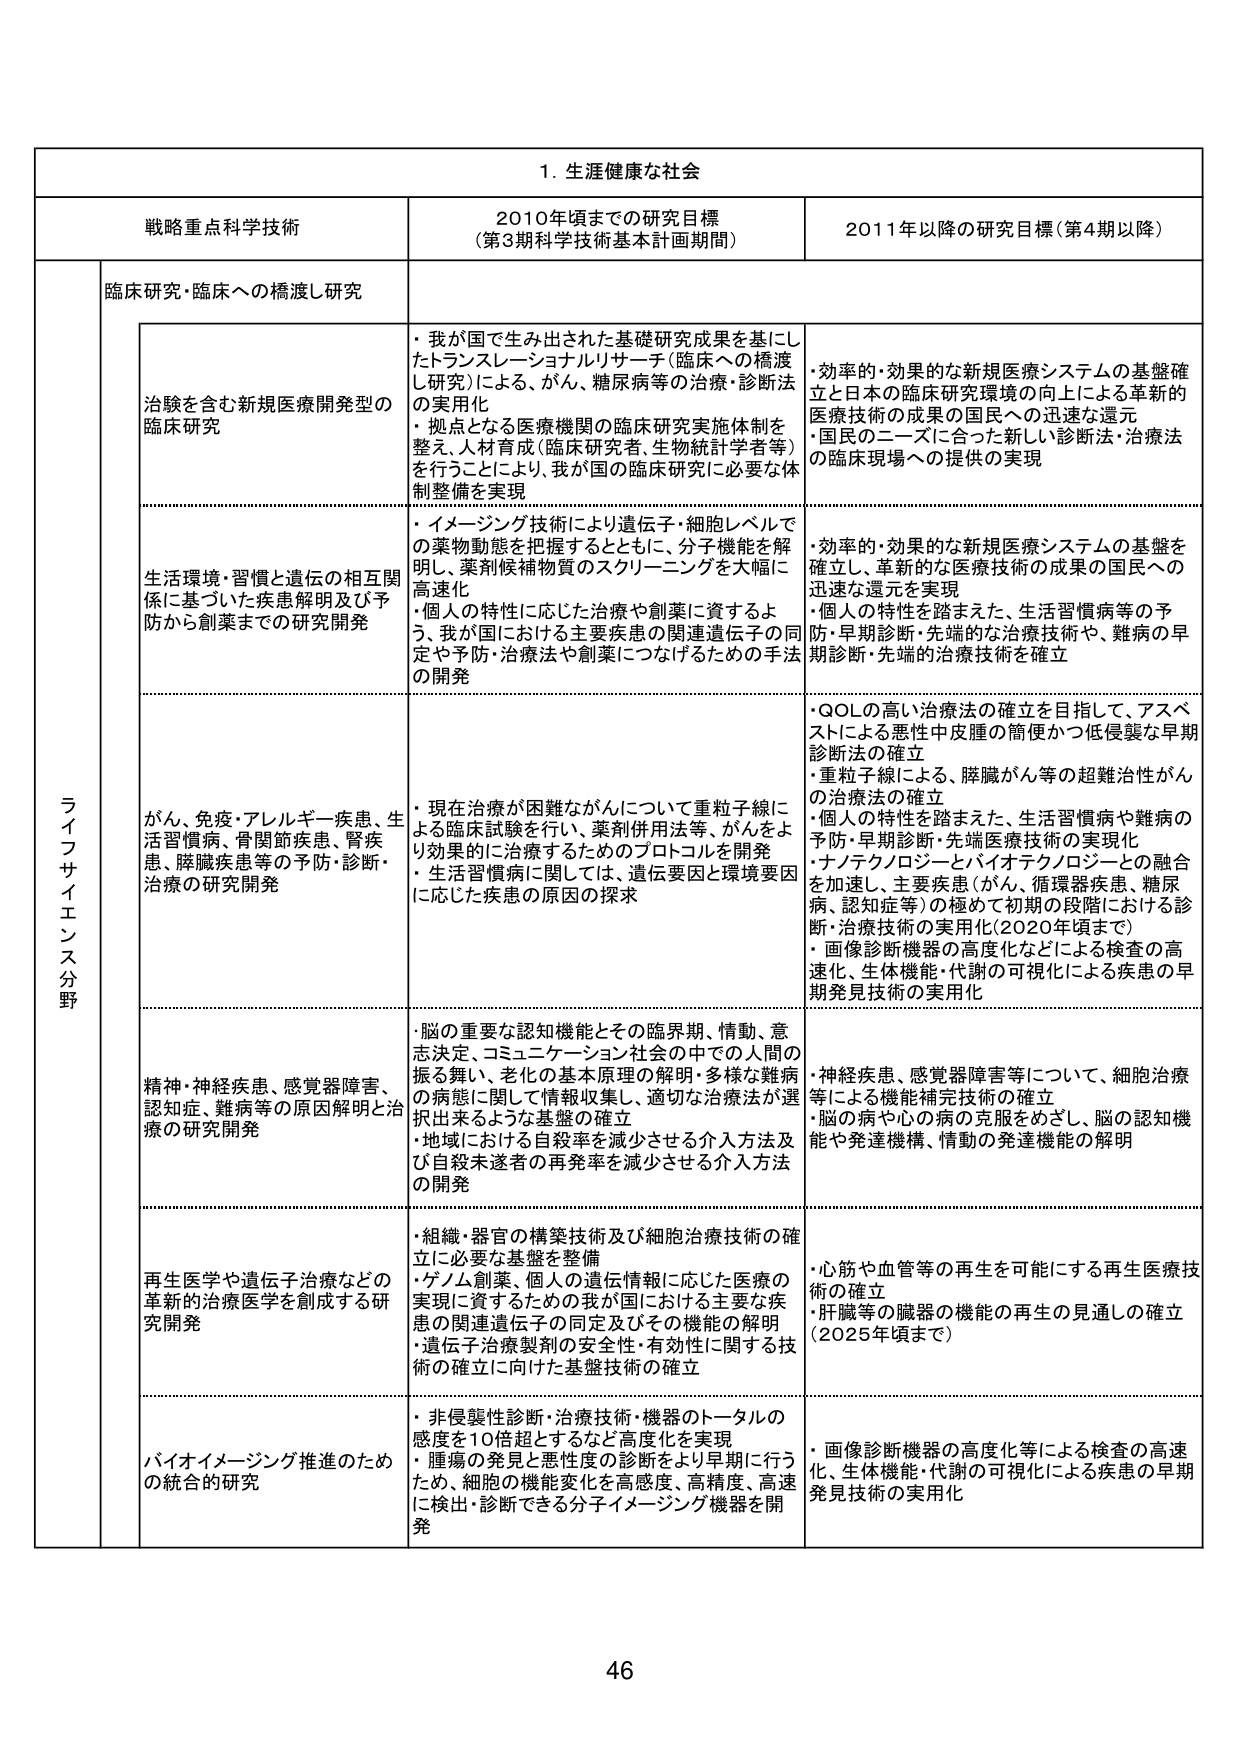
1. 生涯健康な社会

戦略重点科学技術 2010年頃までの研究目標 （第3期科学技術基本計画期間） 2011年以降の研究目標（第4期以降）

ライフサイエンス分野

臨床研究・臨床への橋渡し研究

治験を含む新規医療開発型の臨床研究
・我が国で生み出された基礎研究成果を基にしたトランスレーショナルリサーチ（臨床への橋渡し研究）による、がん、糖尿病等の治療・診断法の実用化
・拠点となる医療機関の臨床研究実施体制を整え、人材育成（臨床研究者、生物統計学者等）を行うことにより、我が国の臨床研究に必要な体制整備を実現

・効率的・効果的な新規医療システムの基盤確立と日本の臨床研究環境の向上による革新的医療技術の成果の国民への迅速な還元
・国民のニーズに合った新しい診断法・治療法の臨床現場への提供の実現

生活環境・習慣と遺伝の相互関係に基づいた疾患解明及び予防から創薬までの研究開発
・イメージング技術により遺伝子・細胞レベルでの薬物動態を把握するとともに、分子機能を解明し、薬剤候補物質のスクリーニングを大幅に高速化
・個人の特性に応じた治療や創薬に資するよう、我が国における主要疾患の関連遺伝子の同定や予防・治療法や創薬につなげるための手法の開発

・効率的・効果的な新規医療システムの基盤を確立し、革新的な医療技術の成果の国民への迅速な還元を実現
・個人の特性を踏まえた、生活習慣病等の予防・早期診断・先端的な治療技術や、難病の早期診断・先端的治療技術を確立

がん、免疫・アレルギー疾患、生活習慣病、骨関節疾患、腎疾患、膵臓疾患等の予防・診断・治療の研究開発
・現在治療が困難ながんについて重粒子線による臨床試験を行い、薬剤併用法等、がんをより効果的に治療するためのプロトコルを開発
・生活習慣病に関しては、遺伝要因と環境要因に応じた疾患の原因の探求

・QOLの高い治療法の確立を目指して、アスベストによる悪性中皮腫の簡便かつ低侵襲な早期診断法の確立
・重粒子線による、膵臓がん等の超難治性がんの治療法の確立
・個人の特性を踏まえた、生活習慣病や難病の予防・早期診断・先端医療技術の実現化
・ナノテクノロジーとバイオテクノロジーとの融合を加速し、主要疾患（がん、循環器疾患、糖尿病、認知症等）の極めて初期の段階における診断・治療技術の実用化（2020年頃まで）
・画像診断機器の高度化などによる検査の高速化、生体機能・代謝の可視化による疾患の早期発見技術の実用化

精神・神経疾患、感覚器障害、認知症、難病等の原因解明と治療の研究開発
・脳の重要な認知機能とその臨界期、情動、意志決定、コミュニケーション社会の中での人間の振る舞い、老化の基本原理の解明・多様な難病の病態に関して情報収集し、適切な治療法が選択出来るような基盤の確立
・地域における自殺率を減少させる介入方法及び自殺未遂者の再発率を減少させる介入方法の開発

・神経疾患、感覚器障害等について、細胞治療等による機能補完技術の確立
・脳の病や心の病の克服をめざし、脳の認知機能や発達機構、情動の発達機能の解明

再生医学や遺伝子治療などの革新的治療医学を創成する研究開発
・組織・器官の構築技術及び細胞治療技術の確立に必要な基盤を整備
・ゲノム創薬、個人の遺伝情報に応じた医療の実現に資するための我が国における主要な疾患の関連遺伝子の同定及びその機能の解明
・遺伝子治療製剤の安全性・有効性に関する技術の確立に向けた基盤技術の確立

・心筋や血管等の再生を可能にする再生医療技術の確立
・肝臓等の臓器の機能の再生の見通しの確立（2025年頃まで）

バイオイメージング推進のための統合的研究
・非侵襲性診断・治療技術・機器のトータルの精度を10倍超とするなど高度化を実現
・腫瘍の発見と悪性度の診断をより早期に行うため、細胞の機能変化を高感度、高精度、高速に検出・診断できる分子イメージング機器を開発

・画像診断機器の高度化等による検査の高速化、生体機能・代謝の可視化による疾患の早期発見技術の実用化

46